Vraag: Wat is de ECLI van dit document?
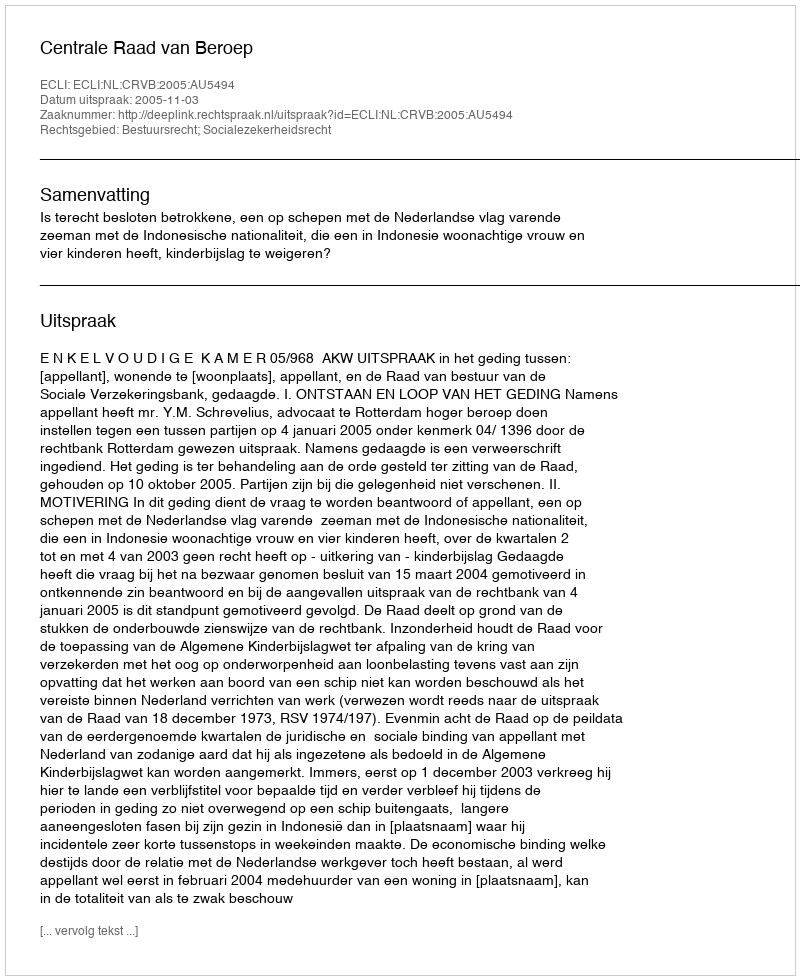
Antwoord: ECLI:NL:CRVB:2005:AU5494